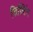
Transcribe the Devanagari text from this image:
शिफ़्टिंग